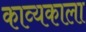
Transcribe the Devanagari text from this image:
काव्यकाला